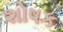
શોષક